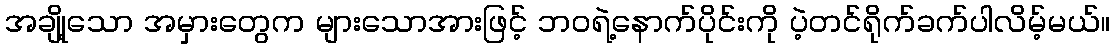
အချို့သော အမှားတွေက များသောအားဖြင့် ဘဝရဲ့နောက်ပိုင်းကို ပဲ့တင်ရိုက်ခက်ပါလိမ့်မယ်။